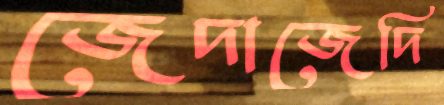
জেদাজেদি